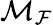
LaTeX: \mathcal{M}_{\mathcal{F}}